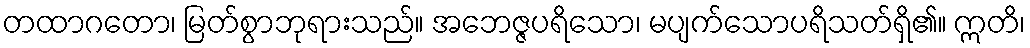
တထာဂတော၊ မြတ်စွာဘုရားသည်။ အဘေဇ္ဇပရိသော၊ မပျက်သောပရိသတ်ရှိ၏။ ဣတိ၊